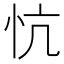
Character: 忼